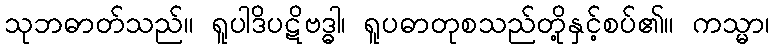
သုဘဓာတ်သည်။ ရူပါဒိပဋိဗဒ္ဓါ၊ ရူပဓာတုစသည်တို့နှင့်စပ်၏။ ကသ္မာ၊